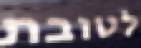
לטובת